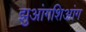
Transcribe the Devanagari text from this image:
झुआंगशिआंग